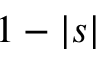
1 - | s |